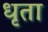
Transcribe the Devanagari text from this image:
धृता